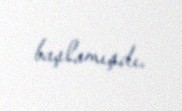
başlamışdı.